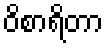
ဝိစာရိတာ